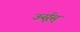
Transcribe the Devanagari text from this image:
ऊर्सूस्